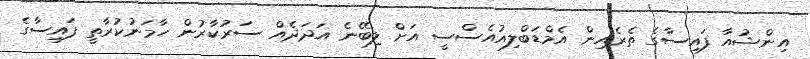
އިންޝުއާ ފައިސާގެ ތެރެއިން އެމްޑަބްލިއުއެސްސީ އަށް ލިބޭނެ އަދަދެއް ސަރުކާރުން ހާމަނުކުރާތީ ފައިސާގެ